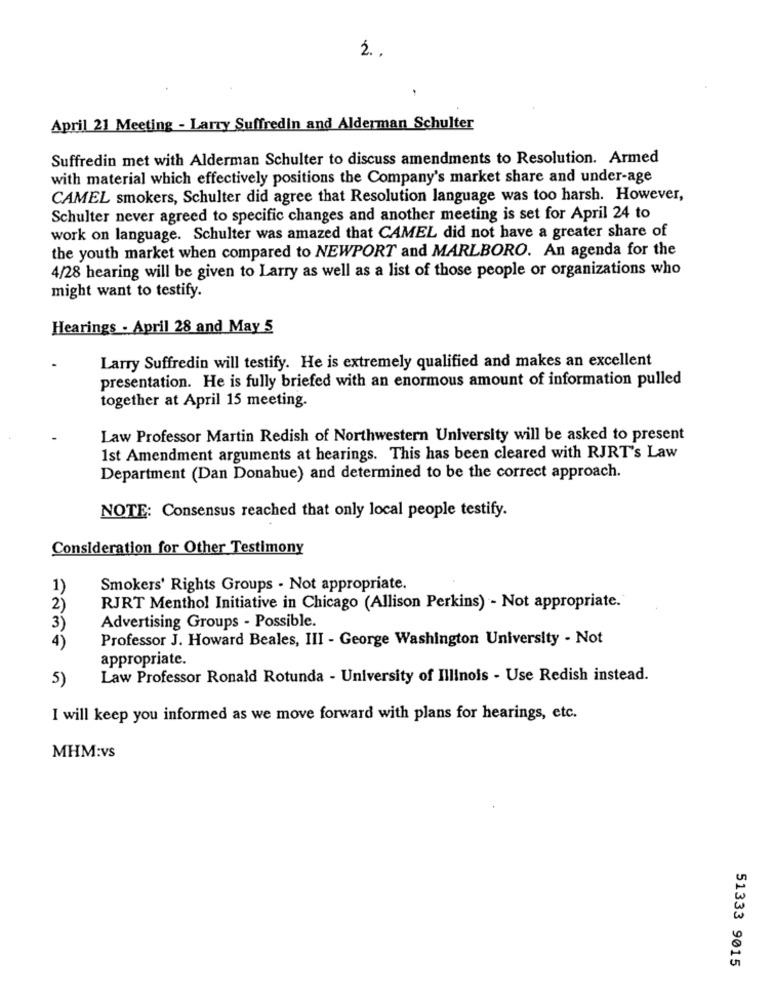
2.
April 21 Meeting - Larry Suffredin and Alderman Schulter
Suffredin met with Alderman Schulter to discuss amendments to Resolution. Armed
with material which effectively positions the Company's market share and under-age
CAMEL smokers, Schulter did agree that Resolution language was too harsh. However,
Schulter never agreed to specific changes and another meeting is set for April 24 to
work on language. Schulter was amazed that CAMEL did not have a greater share of
the youth market when compared to NEWPORT and MARLBORO. An agenda for the
4/28 hearing will be given to Larry as well as a list of those people or organizations who
might want to testify.
Hearings . April 28 and May 5
Larry Suffredin will testify. He is extremely qualified and makes an excellent
presentation. He is fully briefed with an enormous amount of information pulled
together at April 15 meeting.
Law Professor Martin Redish of Northwestern University will be asked to present
1st Amendment arguments at hearings. This has been cleared with RJRT's Law
Department (Dan Donahue) and determined to be the correct approach.
NOTE: Consensus reached that only local people testify.
Consideration for Other Testimony
1)
Smokers' Rights Groups - Not appropriate.
2)
RJRT Menthol Initiative in Chicago (Allison Perkins) - Not appropriate.
3)
Advertising Groups - Possible.
Professor J. Howard Beales, III - George Washington University - Not
4)
appropriate.
5)
Law Professor Ronald Rotunda - University of Illinois - Use Redish instead.
I will keep you informed as we move forward with plans for hearings, etc.
MHM:vs
51333 9015